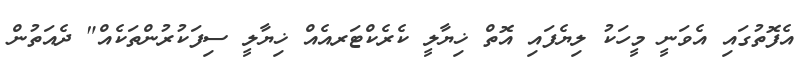
އެފޮތުގައި އެވަނީ މީހަކު ލިޔެފައި އޮތް ޚިޔާލީ ކެރެކްޓަރއެއް ޚިޔާލީ ސިފަކުރުންތަކެއް" ދެއަތުން